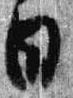
日